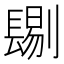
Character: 𨲞